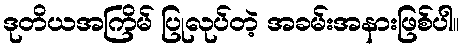
ဒုတိယအကြိမ် ပြုလုပ်တဲ့ အခမ်းအနားဖြစ်ပါ။